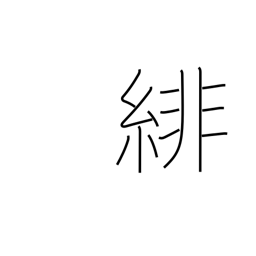
Meaning: cardinal